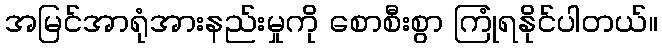
အမြင်အာရုံအားနည်းမှုကို စောစီးစွာ ကြုံရနိုင်ပါတယ်။